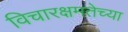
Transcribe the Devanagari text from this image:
विचारक्षमतेच्या